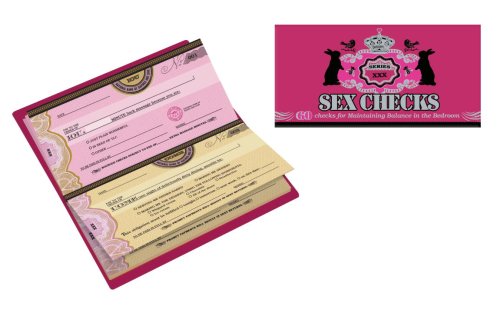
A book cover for Sex Checks: 60 Checks for Maintaining Balance in the Bedroom; Potter Style; Parenting & Relationships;